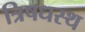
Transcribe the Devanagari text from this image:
त्रिषधस्थ